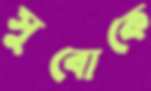
সুবোকে